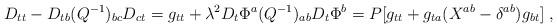
LaTeX: \begin{align*}D_{tt}-D_{tb}(Q^{-1})_{bc}D_{ct}=g_{tt}+\lambda^2D_t\Phi^a (Q^{-1})_{ab}D_t\Phi^b=P[g_{tt}+g_{ta}(X^{ab}-\delta^{ab})g_{bt}] \ ,\end{align*}